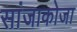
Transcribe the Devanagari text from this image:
सांजाकोजा